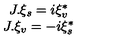
\begin{array} { c } { J . \xi _ { s } = i \xi _ { v } ^ { * } } \\ { J . \xi _ { v } = - i \xi _ { s } ^ { * } } \\ \end{array}